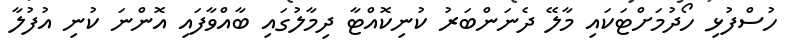
ހުސްފުޅި ހޯދުމަށްޓަކައި މާލޭ ދެނަންބަރު ކުނިކޮއްޓާ ދިމާލުގައި ބާއްވާފައި އޮންނަ ކުނި އުފުލާ